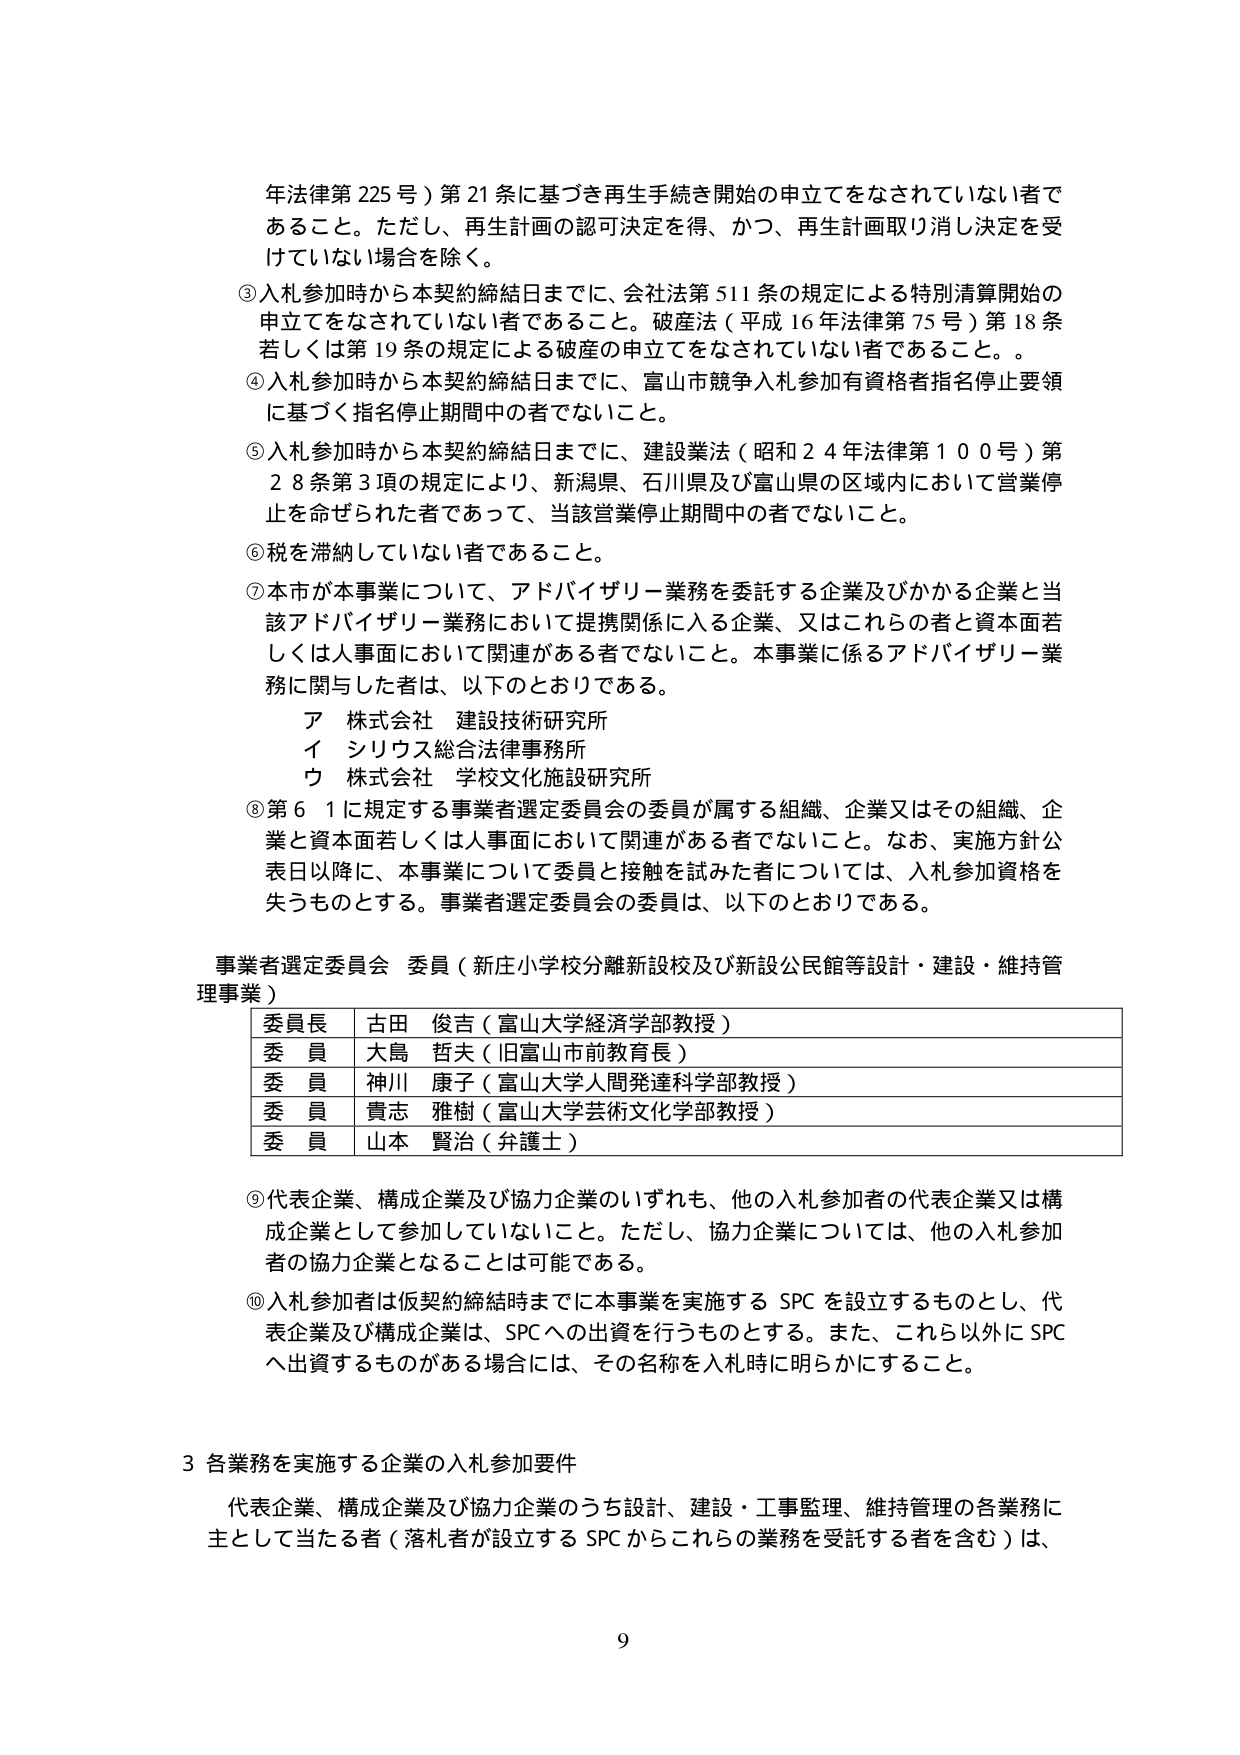
年法律第225号）第21条に基づき再生手続き開始の申立てをなされていない者であること。ただし、再生計画の認可決定を得、かつ、再生計画取り消し決定を受けていない場合を除く。

③入札参加時から本契約締結日までに、会社法第511条の規定による特別清算開始の申立てをなされていない者であること。破産法（平成16年法律第75号）第18条若しくは第19条の規定による破産の申立てをなされていない者であること。

④入札参加時から本契約締結日までに、富山市競争入札参加有資格者指名停止要領に基づく指名停止期間中の者でないこと。

⑤入札参加時から本契約締結日までに、建設業法（昭和24年法律第100号）第28条第3項の規定により、新潟県、石川県及び富山県の区域内において営業停止を命ぜられた者であって、当該営業停止期間中の者でないこと。

⑥税を滞納していない者であること。

⑦本市が本事業について、アドバイザリー業務を委託する企業及びかかる企業と当該アドバイザリー業務において提携関係に入る企業、又はこれらの者と資本面若しくは人事面において関連がある者でないこと。本事業に係るアドバイザリー業務に関与した者は、以下のとおりである。

ア 株式会社 建設技術研究所
イ シリウス総合法律事務所
ウ 株式会社 学校文化施設研究所

⑧第6条1に規定する事業者選定委員会の委員が属する組織、企業又はその組織、企業と資本面若しくは人事面において関連がある者でないこと。なお、実施方針公表日以降に、本事業について委員と接触を試みた者については、入札参加資格を失うものとする。事業者選定委員会の委員は、以下のとおりである。

事業者選定委員会 委員（新庄小学校分離新設校及び新設公民館等設計・建設・維持管理事業）

| 委員長 | 古田 俊吉（富山大学経済学部教授） |
|--------|----------------------------------|
| 委員   | 大島 哲夫（旧富山市前教育長）     |
| 委員   | 神川 康子（富山大学人間発達科学部教授） |
| 委員   | 貴志 雅樹（富山大学芸術文化学部教授） |
| 委員   | 山本 賢治（弁護士）               |

⑨代表企業、構成企業及び協力企業のいずれも、他の入札参加者の代表企業又は構成企業として参加していないこと。ただし、協力企業については、他の入札参加者の協力企業となることは可能である。

⑩入札参加者は仮契約締結時までに本事業を実施するSPCを設立するものとし、代表企業及び構成企業は、SPCへの出資を行うものとする。また、これら以外にSPCへ出資するものがある場合には、その名称を入札時に明らかにすること。

3 各業務を実施する企業の入札参加要件

代表企業、構成企業及び協力企業のうち設計、建設・工事監理、維持管理の各業務に主として当たる者（落札者が設立するSPCからこれらの業務を受託する者を含む）は、

9